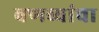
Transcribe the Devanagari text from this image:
वणव्यांचा